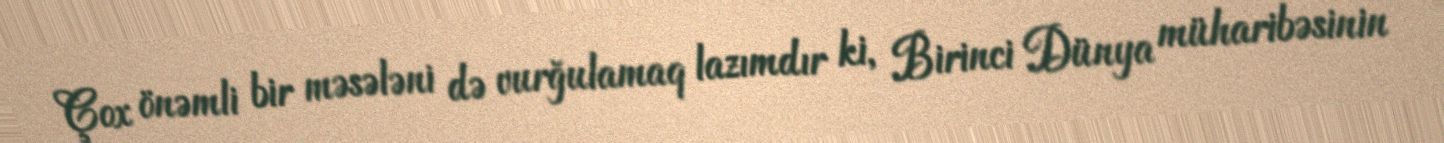
Çox önəmli bir məsələni də vurğulamaq lazımdır ki, Birinci Dünya müharibəsinin